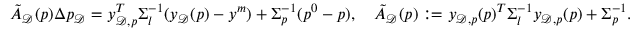
\tilde { A } _ { \mathcal { D } } ( p ) \Delta p _ { \mathcal { D } } = y _ { \mathcal { D } , p } ^ { T } \Sigma _ { l } ^ { - 1 } ( y _ { \mathcal { D } } ( p ) - y ^ { m } ) + \Sigma _ { p } ^ { - 1 } ( p ^ { 0 } - p ) , \quad \tilde { A } _ { \mathcal { D } } ( p ) : = y _ { \mathcal { D } , p } ( p ) ^ { T } \Sigma _ { l } ^ { - 1 } y _ { \mathcal { D } , p } ( p ) + \Sigma _ { p } ^ { - 1 } .